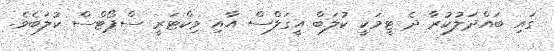
ގައި ބައްދަލުކުރާ ދެ ޓީމަކީ ކުލަބް އީގަލްސް އާއި ވިކްޓަރީ ސްޕޯޓްސް ކުލަބެވެ.